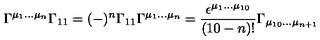
\Gamma ^ { \mu _ { 1 } . . . \mu _ { n } } \Gamma _ { 1 1 } = ( - ) ^ { n } \Gamma _ { 1 1 } \Gamma ^ { \mu _ { 1 } . . . \mu _ { n } } = { \frac { \epsilon ^ { \mu _ { 1 } . . . \mu _ { 1 0 } } } { ( 1 0 - n ) ! } } \Gamma _ { \mu _ { 1 0 } . . . \mu _ { n + 1 } }